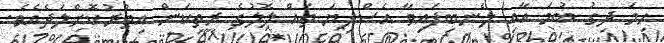
ހިމަ ދިގު ބުމަ އާއި ލެނބިފައިވާ އެސްފިޔަ ތައް ލޮލުގެ ރީތިކަން އިތުރުކޮށްލަދެއެވެ.